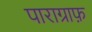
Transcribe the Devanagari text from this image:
पाराग्राफ़